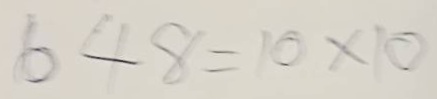
648 = 10x10